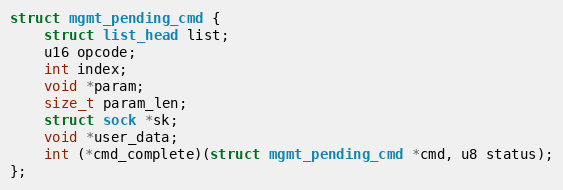
Language: C
struct mgmt_pending_cmd {
	struct list_head list;
	u16 opcode;
	int index;
	void *param;
	size_t param_len;
	struct sock *sk;
	void *user_data;
	int (*cmd_complete)(struct mgmt_pending_cmd *cmd, u8 status);
};